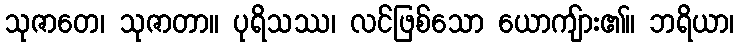
သုဇာတေ၊ သုဇာတာ။ ပုရိသဿ၊ လင်ဖြစ်သော ယောကျ်ား၏။ ဘရိယာ၊